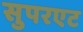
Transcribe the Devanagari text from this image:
सुपरएट